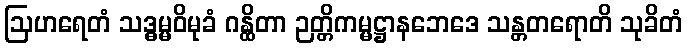
ဩဟရေတံ သဒ္ဓမ္မဝိမုခံ ဂန္ထိတာ ဉတ္တိကမ္မဋ္ဌာနဘေဒေ သန္တတရောတိ သုခိတံ